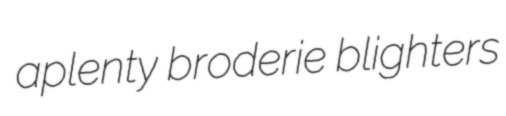
aplenty broderie blighters